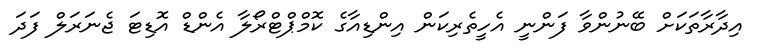
އިދާރާތަކަށް ބޭނުންވާ ފަންނީ އެހީތެރިކަން އިންޑިއާގެ ކޮމްޕްޓްރޯލާ އެންޑް އޮޑިޓަ ޖެނަރަލް ފަދަ